Leaving Certificate Examination (including Day School Certificate (Higher) General paper), 1936
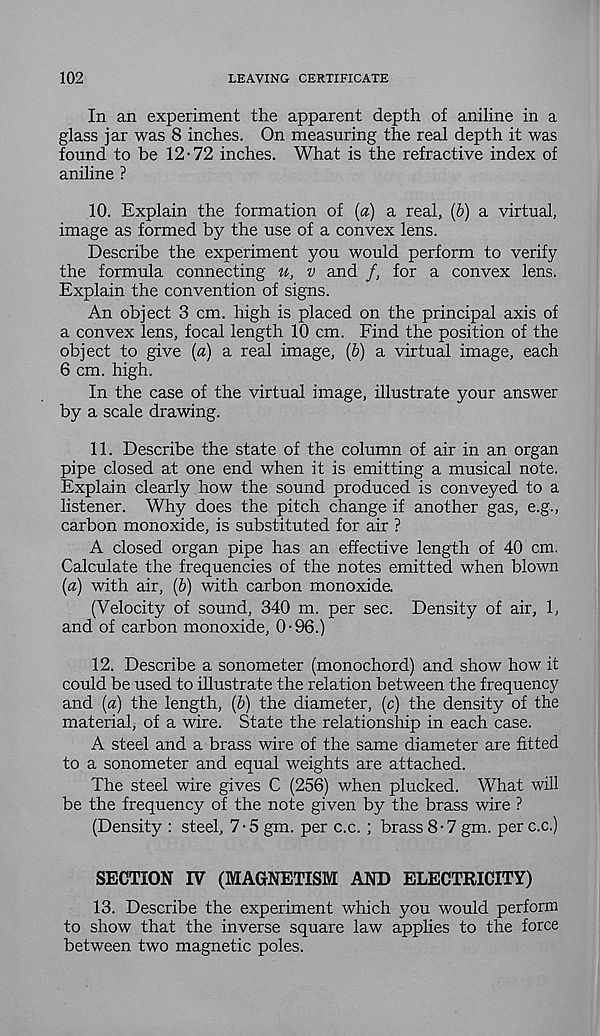
102
LEAVING CERTIFICATE
In an experiment the apparent depth of aniline in a
glass jar was 8 inches. On measuring the real depth it was
found to be 12-72 inches. What is the refractive index of
aniline ?
10. Explain the formation of {a) a real, (6) a virtual,
image as formed by the use of a convex lens.
Describe the experiment you would perform to verify
the formula connecting u, v and /, for a convex lens.
Explain the convention of signs.
An object 3 cm. high is placed on the principal axis of
a convex lens, focal length 10 cm. Find the position of the
object to give (a) a real image, {b) a virtual image, each
6 cm. high.
In the case of the virtual image, illustrate your answer
by a scale drawing.
11. Describe the state of the column of air in an organ
pipe closed at one end when it is emitting a musical note.
Explain clearly how the sound produced is conveyed to a
listener. Why does the pitch change if another gas, e.g.,
carbon monoxide, is substituted for air ?
A closed organ pipe has an effective length of 40 cm.
Calculate the frequencies of the notes emitted when blown
{a) with air, {b) with carbon monoxide.
(Velocity of sound, 340 m. per sec. Density of air, 1,
and of carbon monoxide, 0-96.)
12. Describe a sonometer (monochord) and show how it
could be used to illustrate the relation between the frequency
and [a) the length, (b) the diameter, (c) the density of the
material, of a wire. State the relationship in each case.
A steel and a brass wire of the same diameter are fitted
to a sonometer and equal weights are attached.
The steel wire gives C (256) when plucked. What will
be the frequency of the note given by the brass wire ?
(Density : steel, 7-5 gm. per c.c. ; brass 8-7 gm. per c.c.)
SECTION IV (MAGNETISM AND ELECTRICITY)
13. Describe the experiment which you would perforin
to show that the inverse square law applies to the force
between two magnetic poles.